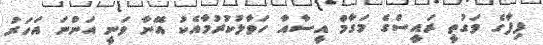
ފިފާގެ ވަގުތީ ރައީސްގެ މަގާމް އީސާއާ ހަވާލުކުރުމާއެކު އޭނާ ވަނީ އަންނަ އަހަރު